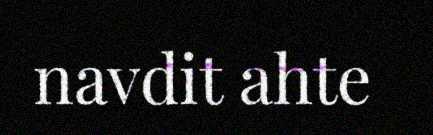
navdit ahte